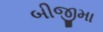
બીજીમા